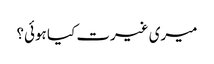
میری غیرت کیا ہوئی؟